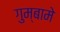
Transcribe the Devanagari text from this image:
गुम्बामे